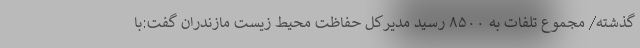
گذشته/ مجموع تلفات به ۸۵۰۰ رسید مدیرکل حفاظت محیط زیست مازندران گفت:با